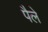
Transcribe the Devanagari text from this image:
पैले